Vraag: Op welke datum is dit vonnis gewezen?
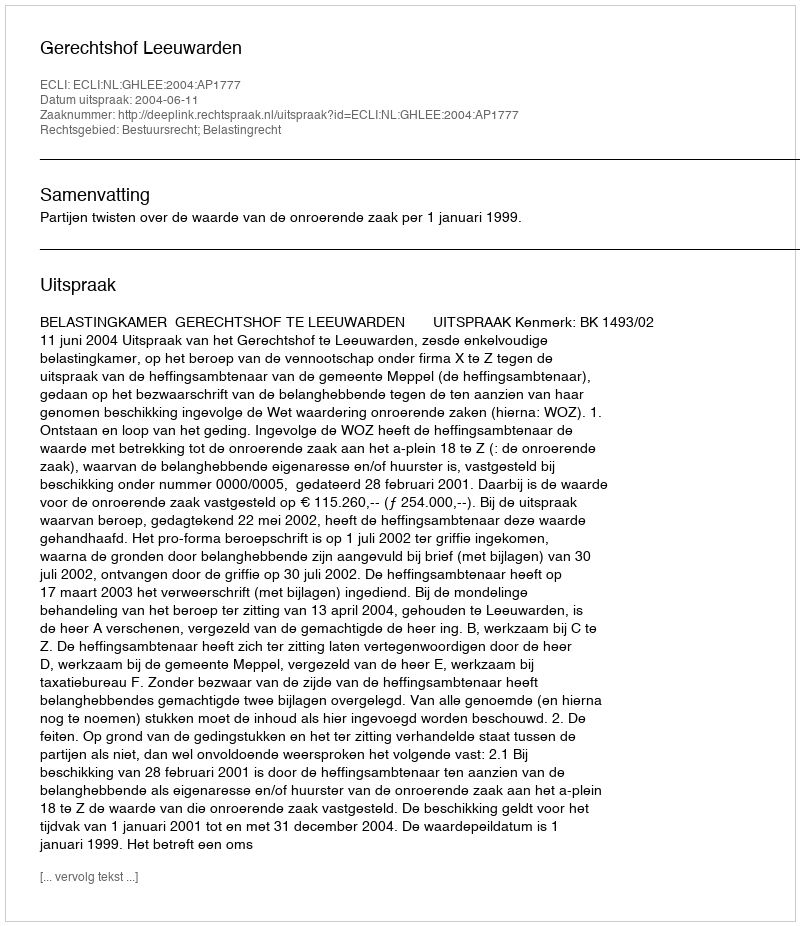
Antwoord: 2004-06-11